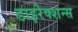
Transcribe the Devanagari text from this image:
डाइरेक्शन्स